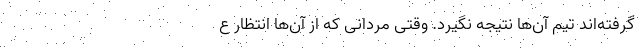
گرفته‌اند تیم آن‌ها نتیجه نگیرد. وقتی مردانی که از آن‌ها انتظار ع